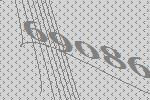
69086